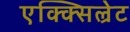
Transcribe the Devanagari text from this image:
एक्क्सिल्रेट